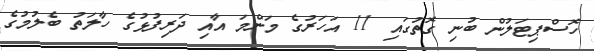
ހޮސްޕިޓަލުން ބުނި ގޮތުގައި 11 އަހަރުގެ މަންމަ އާއި ދަރިފުޅުގެ ހާލަތު ބެލުމުގެ